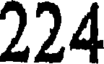
224